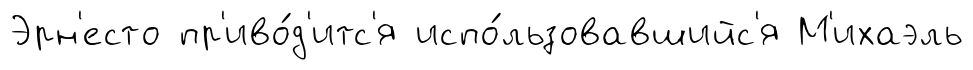
Эрн'есто пр'иво́д'итс'я испо́льзовавшийс'я М'ихаэль